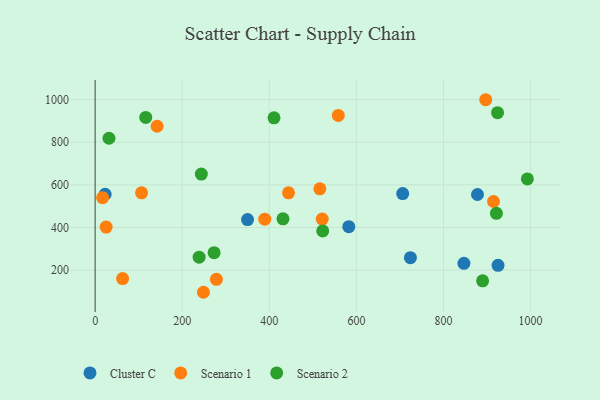
{"axis": {"x": "Investment", "y": "Sales"}, "legend": ["Cluster C", "Scenario 1", "Scenario 2"], "data": [{"x": "706.3", "y": 559.1, "type": "Cluster C"}, {"x": "23.0", "y": 556.1, "type": "Cluster C"}, {"x": "582.5", "y": 403.9, "type": "Cluster C"}, {"x": "846.9", "y": 232.1, "type": "Cluster C"}, {"x": "350.0", "y": 437.4, "type": "Cluster C"}, {"x": "724.0", "y": 258.3, "type": "Cluster C"}, {"x": "925.2", "y": 222.7, "type": "Cluster C"}, {"x": "878.0", "y": 554.8, "type": "Cluster C"}, {"x": "106.6", "y": 562.6, "type": "Scenario 1"}, {"x": "516.0", "y": 581.5, "type": "Scenario 1"}, {"x": "521.5", "y": 439.8, "type": "Scenario 1"}, {"x": "142.3", "y": 875.2, "type": "Scenario 1"}, {"x": "63.1", "y": 160.6, "type": "Scenario 1"}, {"x": "914.8", "y": 522.0, "type": "Scenario 1"}, {"x": "17.2", "y": 539.9, "type": "Scenario 1"}, {"x": "896.9", "y": 999.6, "type": "Scenario 1"}, {"x": "25.3", "y": 402.2, "type": "Scenario 1"}, {"x": "558.4", "y": 925.9, "type": "Scenario 1"}, {"x": "278.5", "y": 157.0, "type": "Scenario 1"}, {"x": "389.5", "y": 439.2, "type": "Scenario 1"}, {"x": "248.7", "y": 96.1, "type": "Scenario 1"}, {"x": "444.1", "y": 562.8, "type": "Scenario 1"}, {"x": "31.8", "y": 818.8, "type": "Scenario 2"}, {"x": "431.4", "y": 440.8, "type": "Scenario 2"}, {"x": "238.8", "y": 260.7, "type": "Scenario 2"}, {"x": "921.5", "y": 466.6, "type": "Scenario 2"}, {"x": "273.2", "y": 281.7, "type": "Scenario 2"}, {"x": "889.8", "y": 149.9, "type": "Scenario 2"}, {"x": "992.6", "y": 628.1, "type": "Scenario 2"}, {"x": "522.6", "y": 384.0, "type": "Scenario 2"}, {"x": "116.2", "y": 916.4, "type": "Scenario 2"}, {"x": "924.1", "y": 938.9, "type": "Scenario 2"}, {"x": "243.9", "y": 650.6, "type": "Scenario 2"}, {"x": "410.8", "y": 914.9, "type": "Scenario 2"}]}